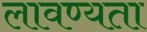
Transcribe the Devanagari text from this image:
लावण्‍यता